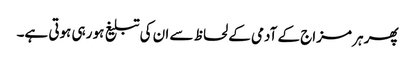
پھر ہر مزاج کے آدمی کے لحاظ سے ان کی تبلیغ ہو رہی ہوتی ہے۔